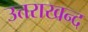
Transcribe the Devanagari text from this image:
उत्तराखन्द